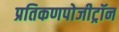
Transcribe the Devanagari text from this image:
प्रतिकणपोजीट्रॉन